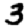
Digit: 3